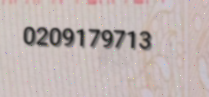
0209179713